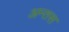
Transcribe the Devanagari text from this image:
अन्तस